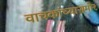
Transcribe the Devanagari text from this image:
वाचकांच्यासमोर